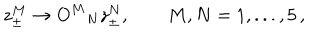
LaTeX: z _ { \pm } ^ { M } \rightarrow O ^ { M } { } _ { N } z _ { \pm } ^ { N } , \qquad M , N = 1 , . . . , 5 \, ,